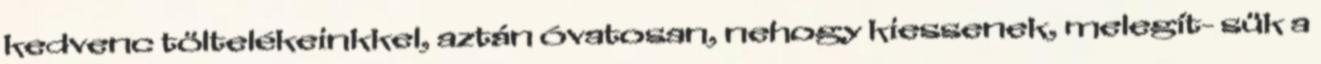
kedvenc töltelékeinkkel, aztán óvatosan, nehogy kiessenek, melegít- sük a